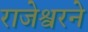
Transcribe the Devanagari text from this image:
राजेश्वरने